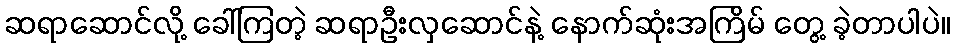
ဆရာဆောင်လို့ ခေါ်ကြတဲ့ ဆရာဦးလှဆောင်နဲ့ နောက်ဆုံးအကြိမ် တွေ့ ခဲ့တာပါပဲ။